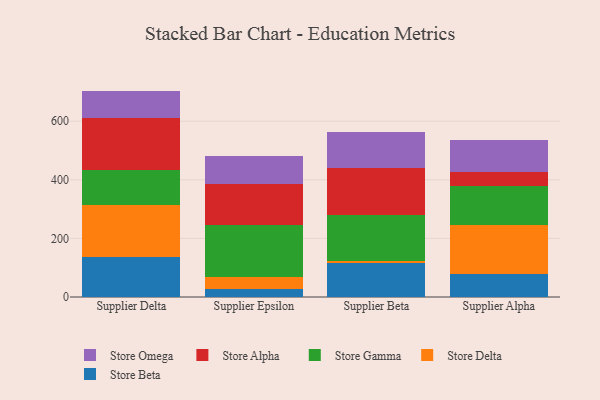
{"axis": {"x": "Supplier", "y": "Demand Index"}, "legend": ["Store Alpha", "Store Beta", "Store Delta", "Store Gamma", "Store Omega"], "data": [{"x": "Supplier Delta", "y": 136.1, "type": "Store Beta"}, {"x": "Supplier Delta", "y": 179.2, "type": "Store Delta"}, {"x": "Supplier Delta", "y": 119.8, "type": "Store Gamma"}, {"x": "Supplier Delta", "y": 174.5, "type": "Store Alpha"}, {"x": "Supplier Delta", "y": 93.9, "type": "Store Omega"}, {"x": "Supplier Epsilon", "y": 26.0, "type": "Store Beta"}, {"x": "Supplier Epsilon", "y": 42.9, "type": "Store Delta"}, {"x": "Supplier Epsilon", "y": 175.8, "type": "Store Gamma"}, {"x": "Supplier Epsilon", "y": 139.6, "type": "Store Alpha"}, {"x": "Supplier Epsilon", "y": 96.6, "type": "Store Omega"}, {"x": "Supplier Beta", "y": 115.8, "type": "Store Beta"}, {"x": "Supplier Beta", "y": 8.3, "type": "Store Delta"}, {"x": "Supplier Beta", "y": 155.2, "type": "Store Gamma"}, {"x": "Supplier Beta", "y": 160.8, "type": "Store Alpha"}, {"x": "Supplier Beta", "y": 122.5, "type": "Store Omega"}, {"x": "Supplier Alpha", "y": 77.5, "type": "Store Beta"}, {"x": "Supplier Alpha", "y": 167.2, "type": "Store Delta"}, {"x": "Supplier Alpha", "y": 135.4, "type": "Store Gamma"}, {"x": "Supplier Alpha", "y": 46.2, "type": "Store Alpha"}, {"x": "Supplier Alpha", "y": 109.1, "type": "Store Omega"}]}